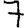
Digit: 7